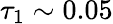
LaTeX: \tau_{1}\sim 0.05